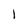
Character: I